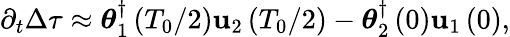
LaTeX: \partial_{t}\Delta\tau\approx\boldsymbol{\theta}_{1}^{\dagger}\left(T_{0}/2\right)\mathbf{u}_{2}\left(T_{0}/2\right)-\boldsymbol{\theta}_{2}^{\dagger}\left(0\right)\mathbf{u}_{1}\left(0\right),